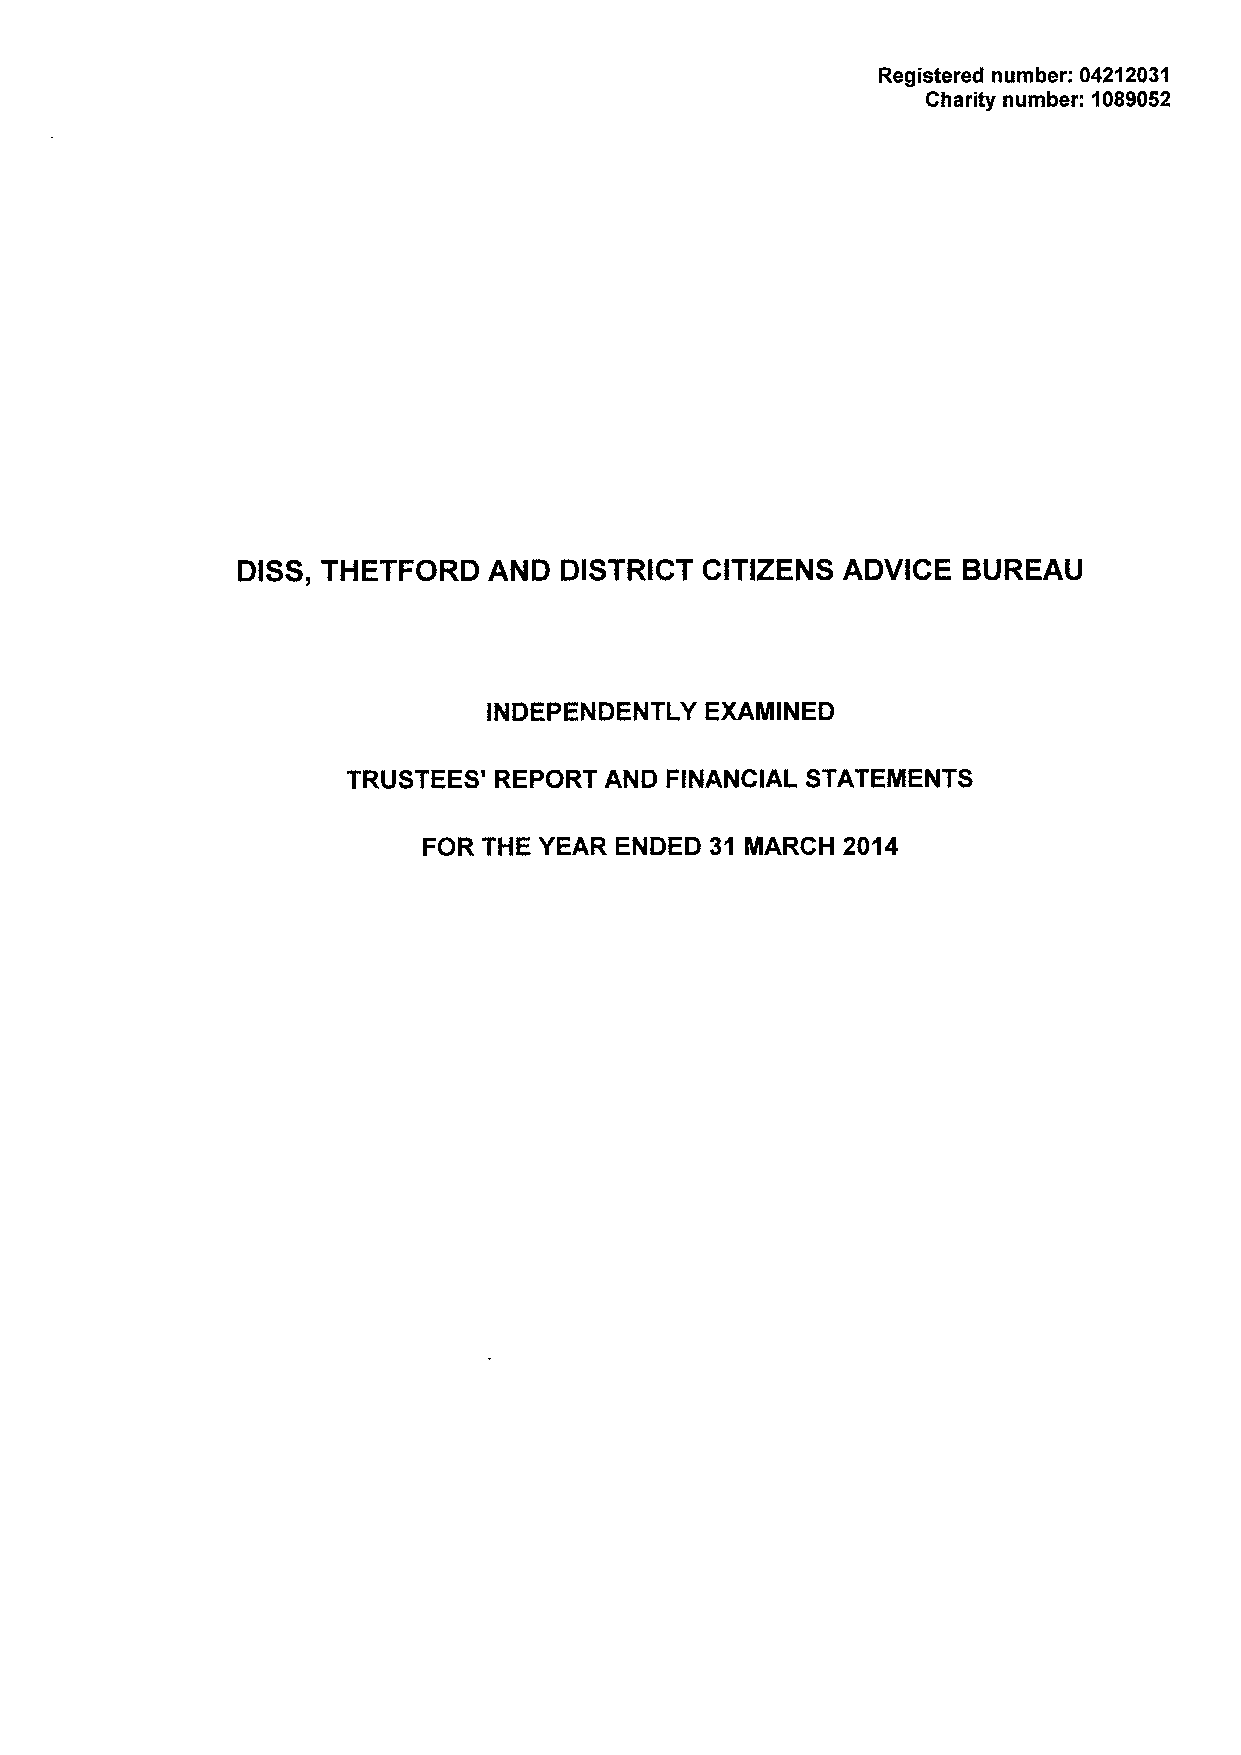
Registered number: 04212031
 Charity number: 1089052
 DISS, THETFORD  AND  DISTRICT  CITIZENS ADVICE  BUREAU
 INDEPENDENTLY  EXAMINED
 TRUSTEES' REPORT AND FINANCIAL STATEMENTS
 FOR THE YEAR ENDED 31 MARCH 2014